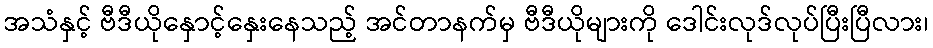
အသံနှင့် ဗီဒီယိုနှောင့်နှေးနေသည့် အင်တာနက်မှ ဗီဒီယိုများကို ဒေါင်းလုဒ်လုပ်ပြီးပြီလား၊